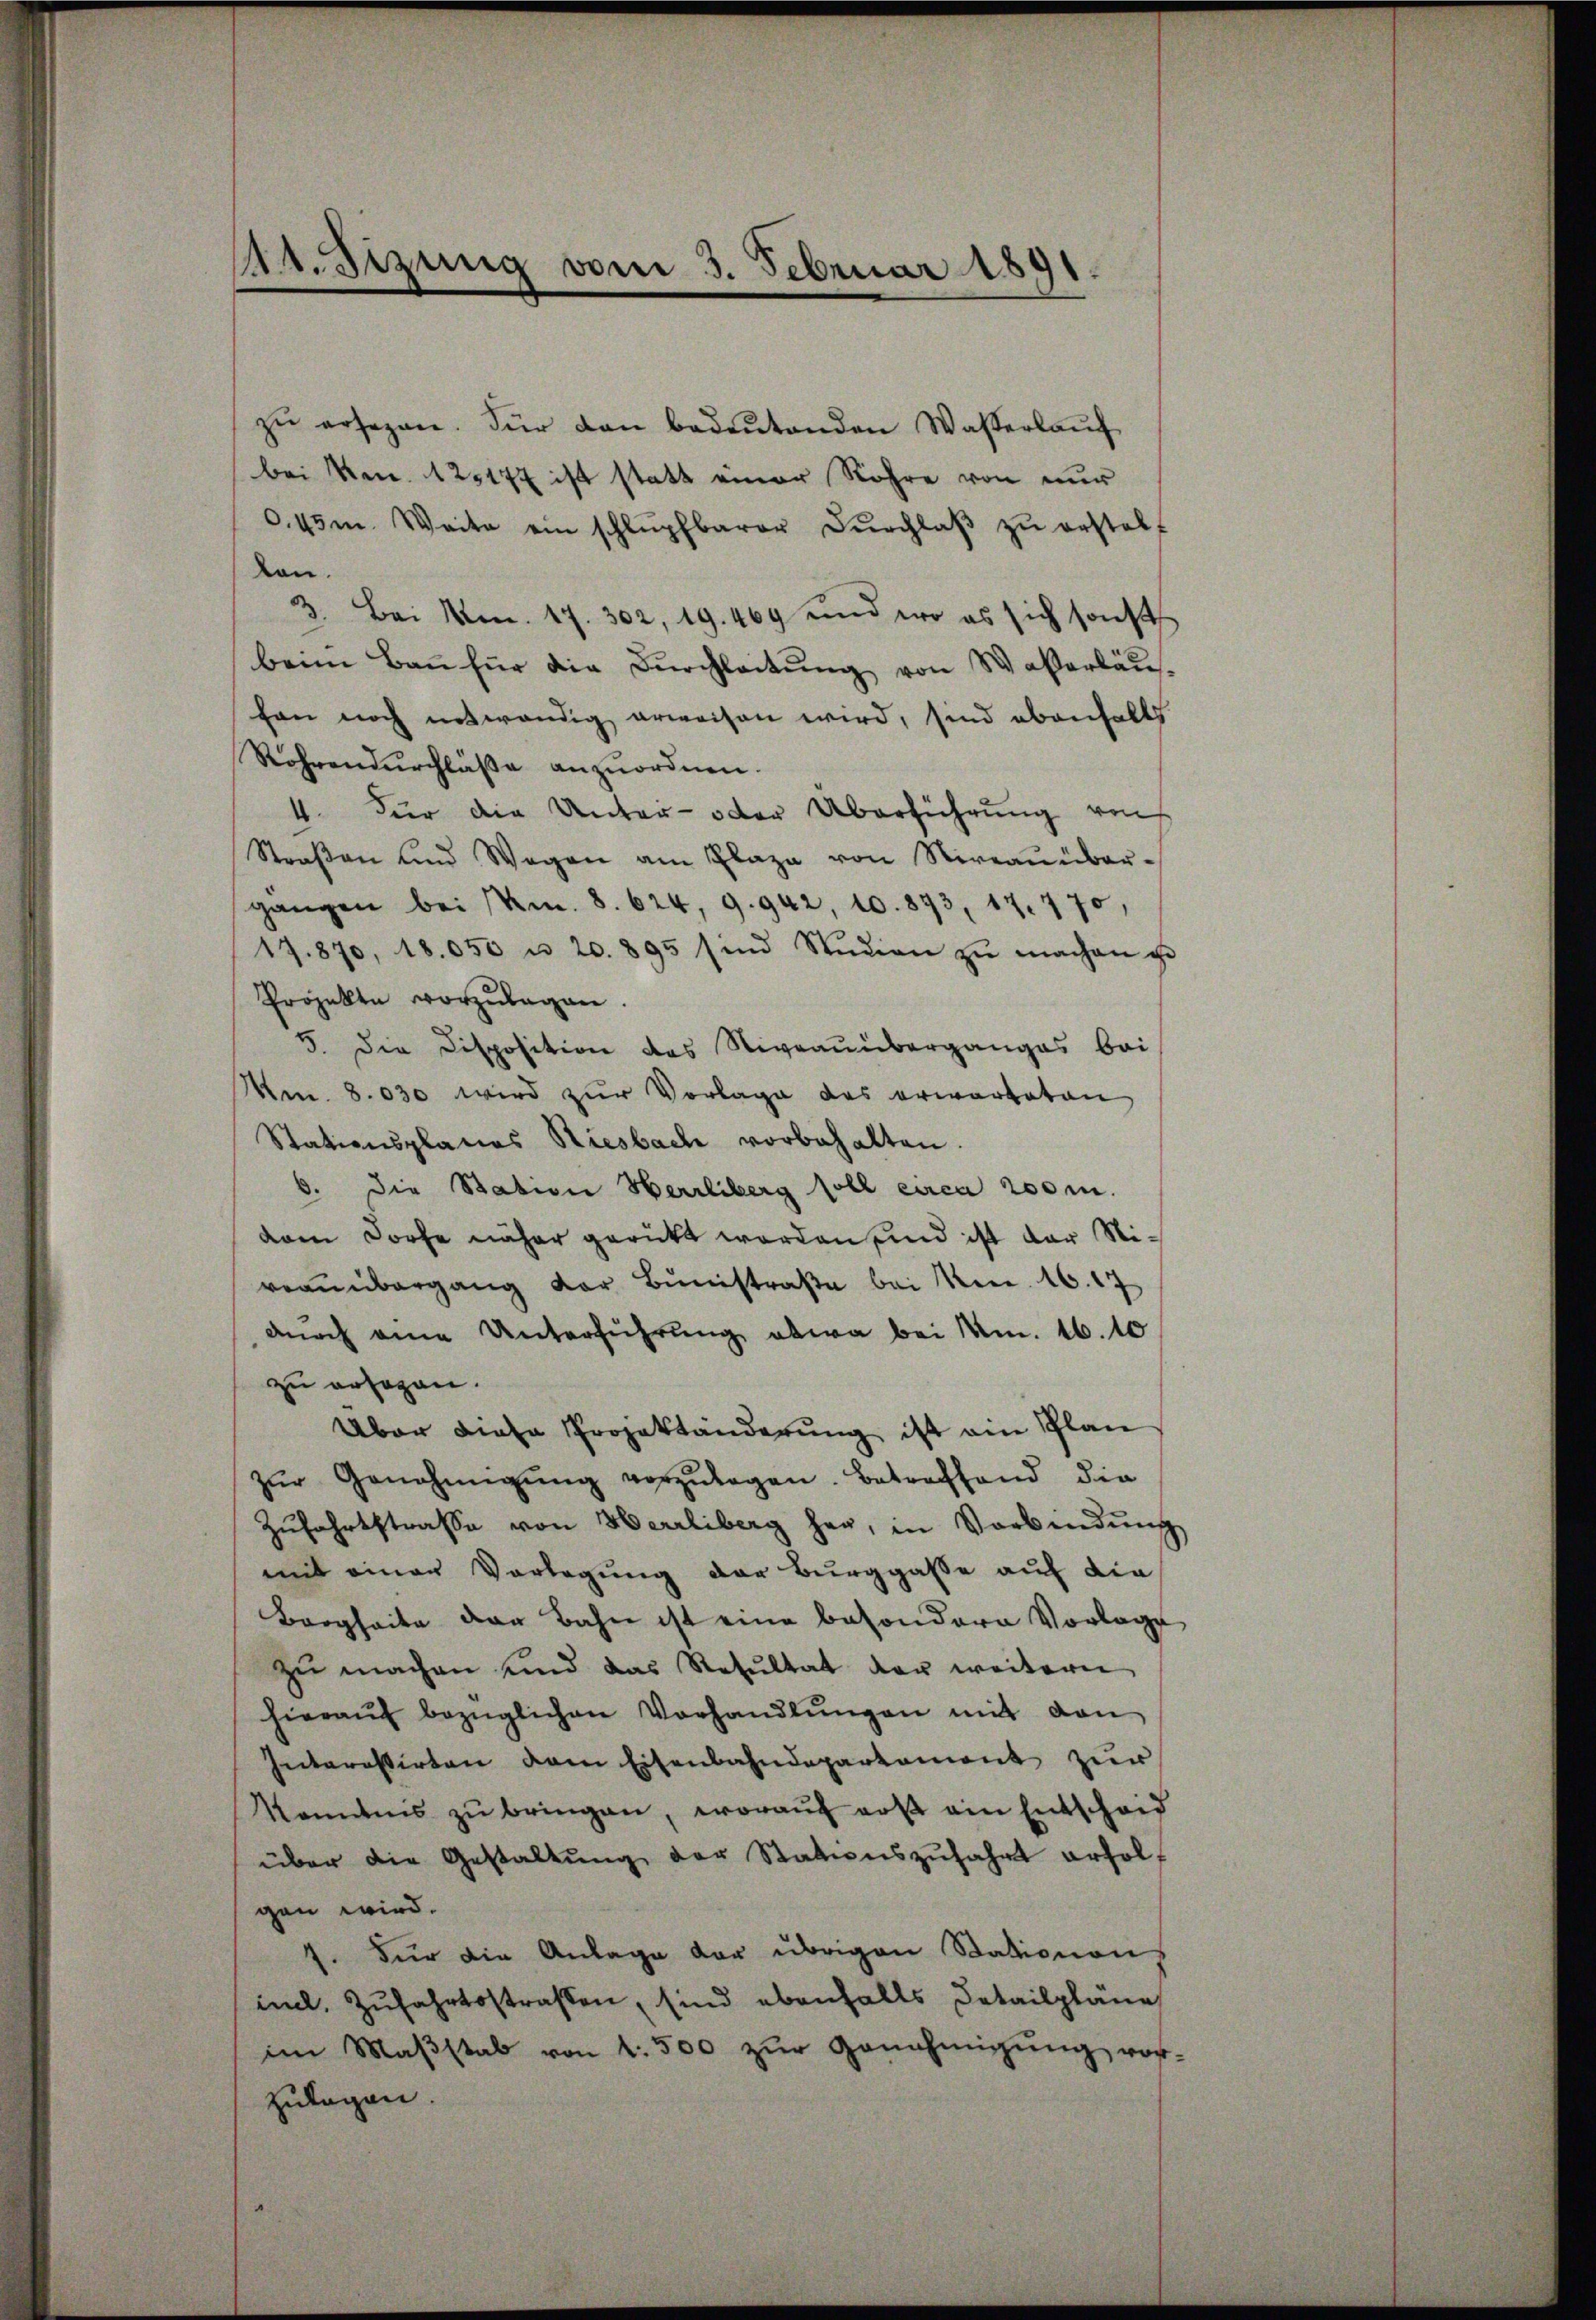
A.Sizung vom 3. Februar 1891.

zŭ ersezen. Für dan bedeŭtenden Wasserlaŭf
bei Nr. 125177 ist statt einer Röhre von nur
0.45m. Weite ein schlŭpfbarer Dŭrchlaβ zŭ erstelt
len.
3. Bei No. 17. 302, 19. 469 und wo es sich sonst
beim Baṅ für die Dŭrchleitŭng von Waßerbau-
fon noch notwendig erweisen wird, sind ebenfalls
Rohrendurchlasse anzuordnen.
4. Für die Unter- oder Überführung aus
Straβen und Wegen am Plaze von Niveaŭüber-
gangen bei Anm. 8. 624, 9. 942, 10. 893, 17. 770,
17. 870, 18.050 u. 20. 895 sind Studien zŭ machen g
Projekte vorzulagen.
5. Die Disposition das Niveauiberganges bei
Mm. 8.030 wird zur Vorlage des erwarteten
Stationsplanes Riesbach vorbehalten.
6. Die Station Herrliberg soll circa 200 m.
dam Dorfe näher gerückt worden sind ist der Nivraŭübergang der Bŭnistraβe bei Mon. 16. 17
dŭrch eine Unterführŭng etwa bei Am. 16. 10
zu ersagen.
Über diese Projektänderung ist ein Plan
zŭr Genehmigŭng vorzŭlegen. Betreffend die
Zŭfahrtstraße von Herrliberg her, in Verbindŭng
mit einen Vorlegung der Burggasse auf die
Borgheite der Bahn ist eine besondere Vorlage
zu machen und das Resultat der weitern
hieraŭf bezüglichen Vorhandlŭngen mit den
Interessirten dem Eisenbahndepartement zur
Komnis zŭ bringen, worauf aus ein Entscheid
über die Gestaltŭng der Stationszŭfahrt erholt
gen wird.
f. Für die Anlage der übrigen Stationen,
mal, Zufahrtsstraßen, sind ebenfalls Detailpläne
im Maβstab von 1500 zŭr Genehmigŭng vor-
zulagen.